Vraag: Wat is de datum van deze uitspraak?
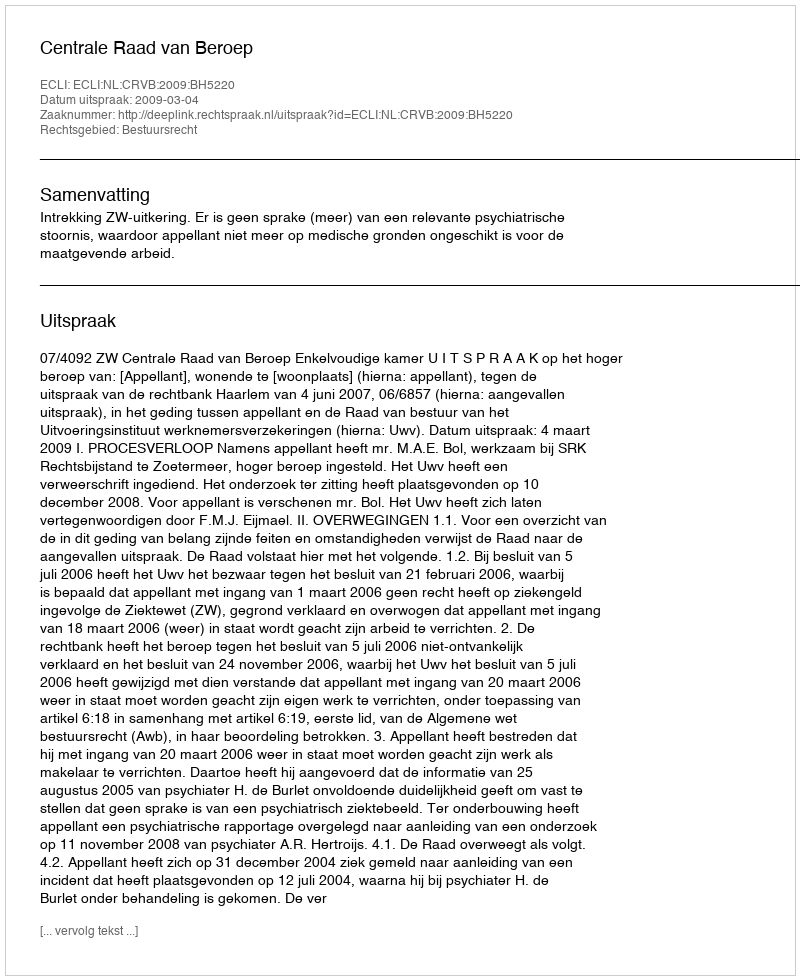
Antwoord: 2009-03-04